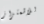
للاشمئزاز